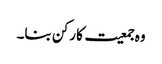
وہ جمعیت کا رکن بنا۔